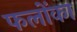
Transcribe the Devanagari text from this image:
फलोंका